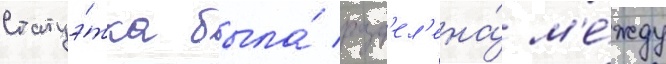
статуэ́тка была́ разд'ел'ена́ м'е́жду